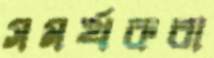
সমর্থকরা